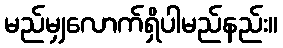
မည်မျှလောက်ရှိပါမည်နည်း။